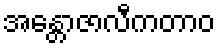
အန္တောဇာလီကတာဝ